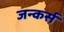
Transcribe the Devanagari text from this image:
जन्कर्स